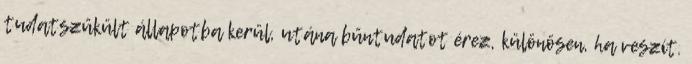
tudatszűkült állapotba kerül, utána bűntudatot érez, különösen, ha veszít.